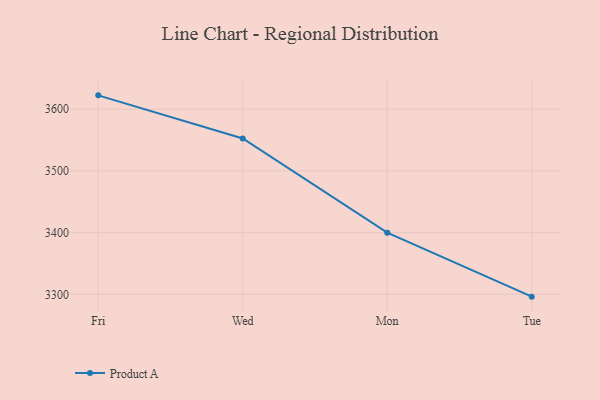
{"axis": {"x": "Day", "y": "Satisfaction Score"}, "legend": ["Product A"], "data": [{"x": "Fri", "y": 3622.5, "type": "Product A"}, {"x": "Wed", "y": 3552.5, "type": "Product A"}, {"x": "Mon", "y": 3399.9, "type": "Product A"}, {"x": "Tue", "y": 3296.2, "type": "Product A"}]}